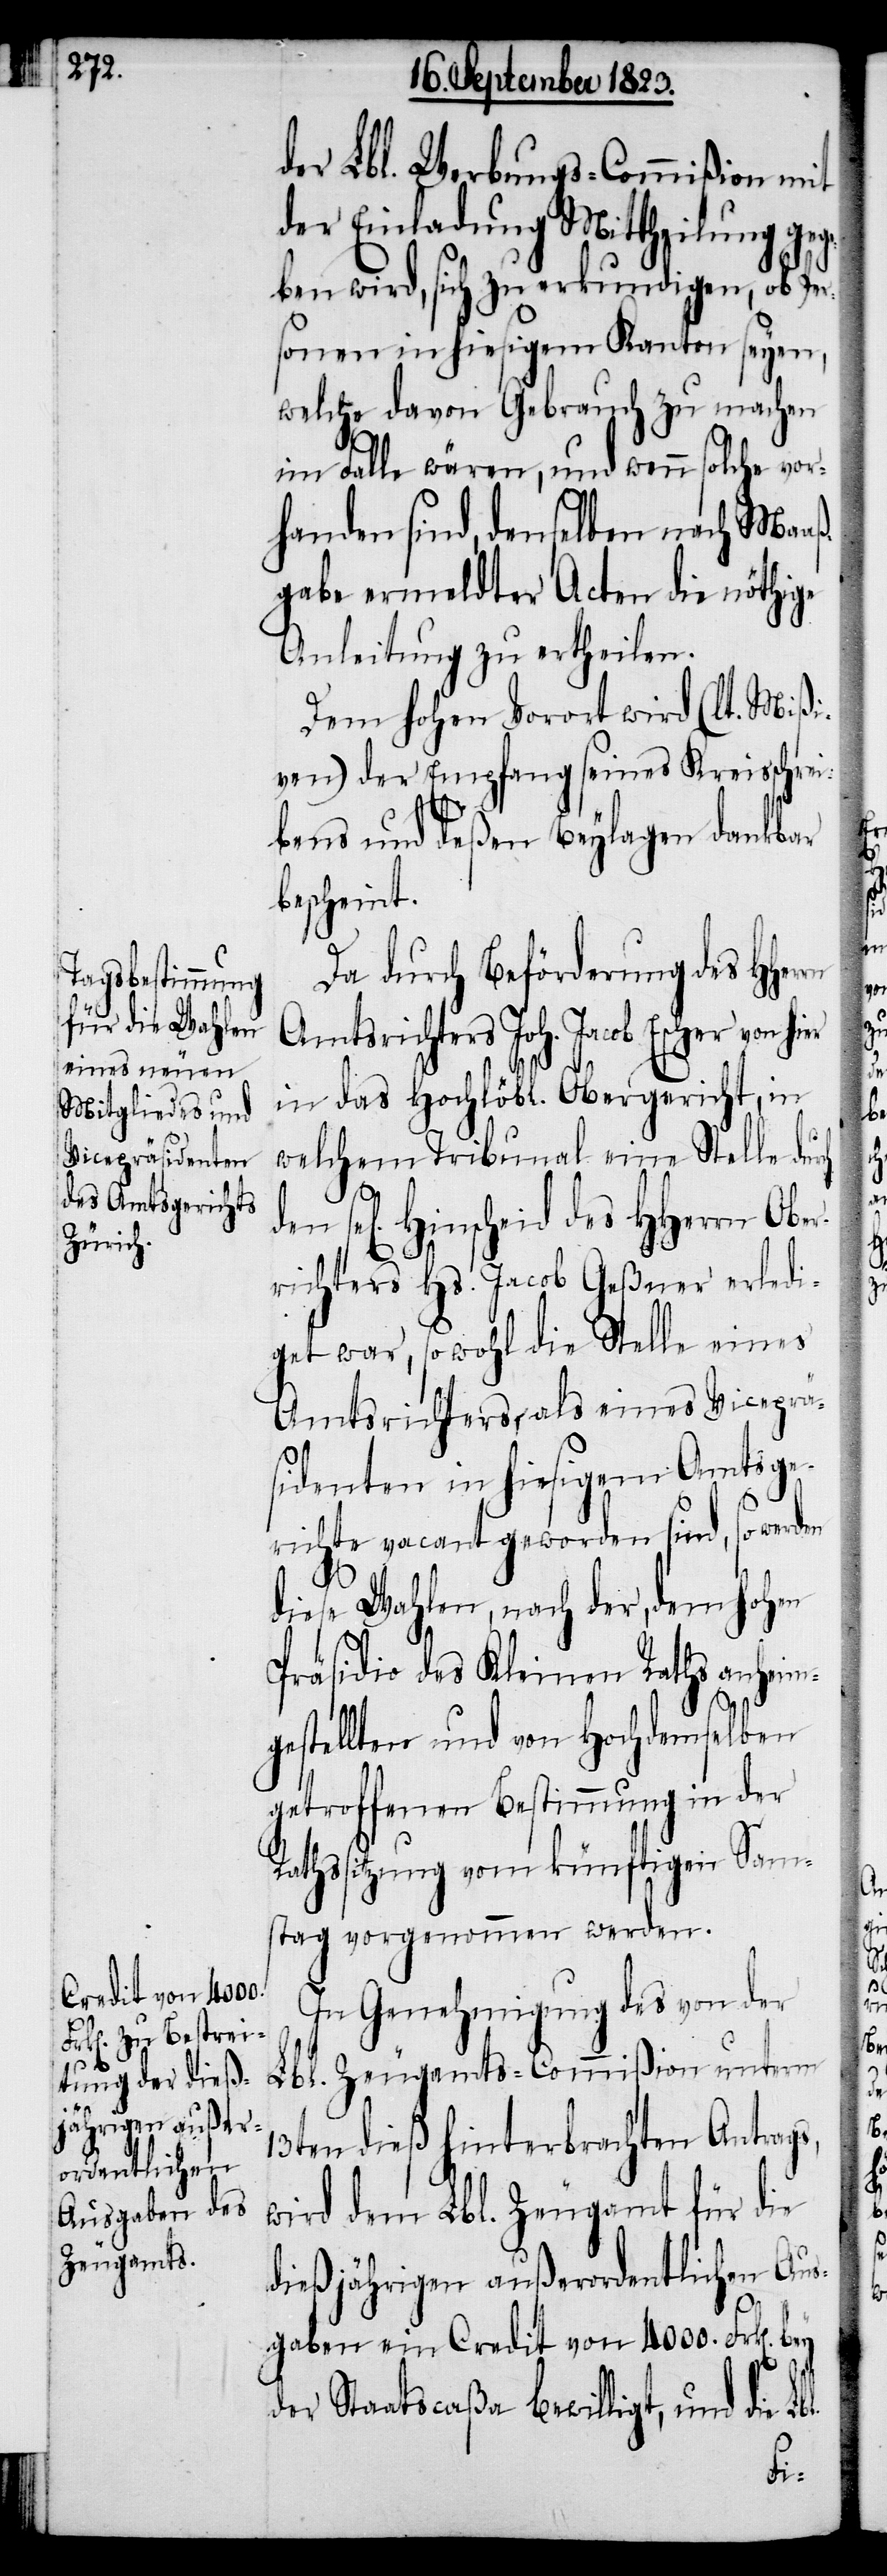
der Lbl. Werbungs-Commißion mit
der Einladung Mittheilung geg¬
eben wird, sich zu erkundigen, ob Pe¬
rsonen in hiesigem Kanton seyen,
welche davon Gebrauch zu machen
im Falle wären, und wenn solche vor¬
handen sind, denselben nach Maaß¬
gabe ermeldter Acten die nöthige
Anleitung zu ertheilen.
Dem hohen Vorort wird (lt. Mißi¬
ven) der Empfang seines Kreisschrei¬
r¬
bens und deßen Beylagen dankbar
bescheint.
Da durch Beförderung des HHe¬
Amtsrichters Joh. Jacob Escher von
in das Hochlöbl. Obergericht, in
welchem Tribunal eine Stelle du¬
el[igen] Hinscheid des HHerrn Obe¬
richters Hs. Jacob Geßner erledi¬
get war, sowohl die Stelle eines
Amtsrichters, als eines Viceprä¬
sidenten in hiesigem Amtsge¬
richte vacant geworden sind, so wer¬
diese Wahlen, nach der, dem hohen
Präsidio des Kleinen Raths anheim¬
gestellten und von Hochdemselben
getroffenen Bestimmung in der
Rathssitzung vom künftigen Sam¬
stag vorgenommen werden.
In Genehmigung des von der
Lbl. Zeugamts-Commißion unterm
13ten dieß hinterbrachten Antrag¬
wird dem Lbl. Zeugamt für die
dießjährigen außerordentlichen Aus¬
rch
gaben ein Credit von 4000. Frk[en].
der Staatscaßa bewilligt, und die L¬
bl.